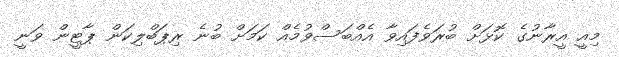
މިއީ އީރާނުގެ ކޮޅަށް ބުރަވެފައިވާ އެއްބަސްވުމެއް ކަމަށް ބުނެ ރިޕަބްލިކަން ޕާޓީން ވަނީ